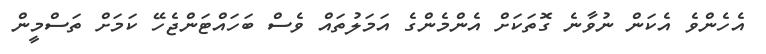
އެހެންވެ އެކަން ނުވާނެ ގޮތަކަށް އެންމެންގެ އަމަލުތައް ވެސް ބަހައްޓަންޖެހޭ ކަމަށް ތަސްމީން